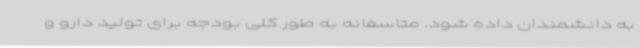
به دانشمندان داده شود. متاسفانه به طور کلی بودجه برای تولید دارو و